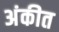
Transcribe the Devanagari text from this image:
अंकीत